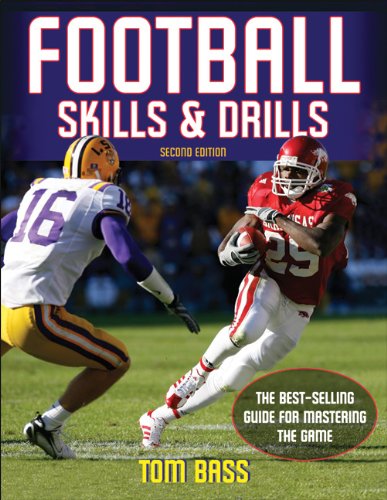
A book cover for Football Skills & Drills - 2nd Edition; Thomas Bass; Sports & Outdoors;